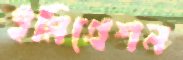
ইমিগ্রেশন